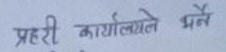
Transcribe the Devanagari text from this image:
प्रहरी कार्यालयले भनै